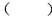
()